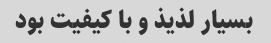
بسیار لذیذ و با کیفیت بود